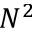
N ^ { 2 }